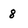
Character: 8